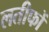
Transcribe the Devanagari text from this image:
लतीफों